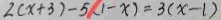
2 ( x + 3 ) - 5 ( 1 - x ) = 3 ( x - 1 )